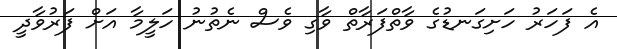
އެ ފަހަރު ހަށިގަނޑުގެ ވާތްފަރާތް ވާގި ވެސް ނެތުނު ހަލީމާ އަށް ފަރުވާދީ